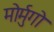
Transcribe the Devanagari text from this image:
मोर्मुगो